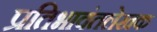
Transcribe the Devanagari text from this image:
प्रतिभावंतलेखक